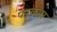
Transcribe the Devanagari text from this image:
परकना